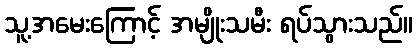
သူ့အမေးကြောင့် အမျိုးသမီး ရပ်သွားသည်။